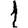
Digit: 1